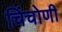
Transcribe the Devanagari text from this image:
चिंचोणी